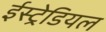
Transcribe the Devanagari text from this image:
ईस्ट्रेडियल